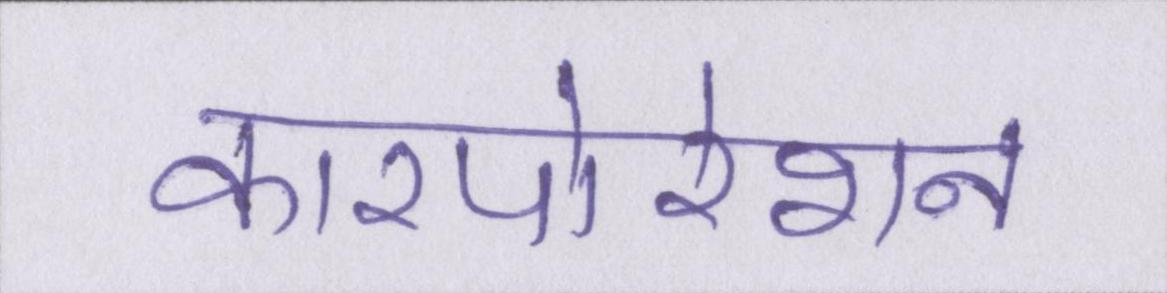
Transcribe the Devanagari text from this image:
कारपोरेशन